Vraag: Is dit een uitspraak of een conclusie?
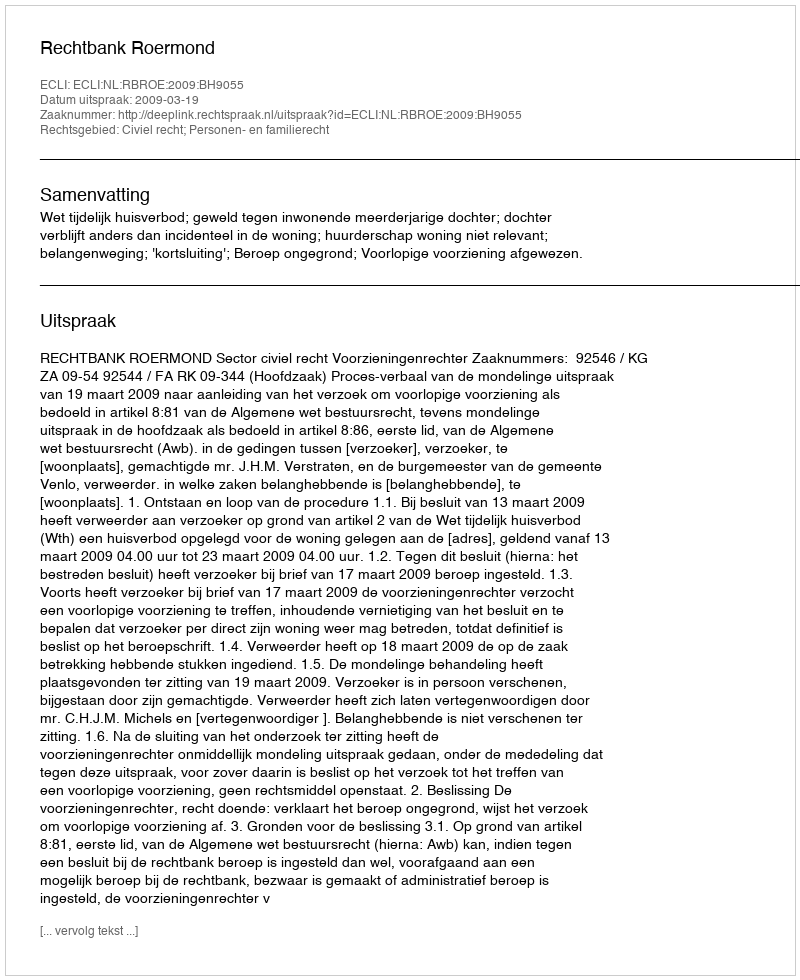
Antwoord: Uitspraak